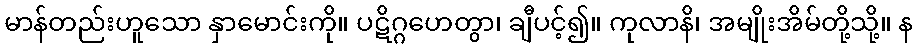
မာန်တည်းဟူသော နှာမောင်းကို။ ပဋိဂ္ဂဟေတွာ၊ ချီပင့်၍။ ကုလာနိ၊ အမျိုးအိမ်တို့သို့။ န